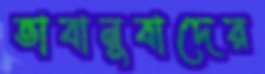
ভাবানুবাদের